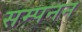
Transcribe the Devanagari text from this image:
सम्पनन